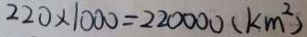
2 2 0 \times 1 0 0 0 = 2 2 0 0 0 0 ( k m ^ { 2 } )